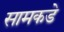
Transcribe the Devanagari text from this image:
सामकडे